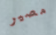
مصير